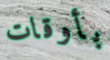
بأوقات